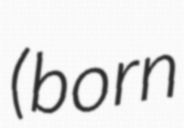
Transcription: (born